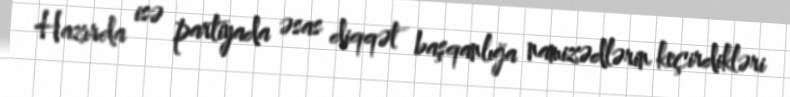
Hazırda isə partiyada əsas diqqət başqanlığa namizədlərin keçirdikləri